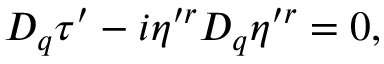
D _ { q } \tau ^ { \prime } - i \eta ^ { \prime r } D _ { q } \eta ^ { \prime r } = 0 ,